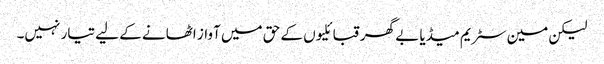
لیکن مین سٹریم میڈیا بے گھر قبائلیوں کے حق میں آواز اٹھانے کے لیے تیار نہیں۔